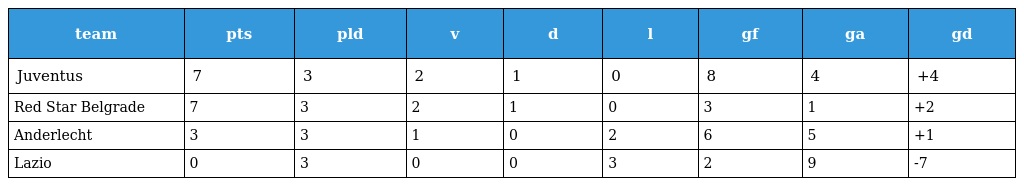
| team | pts | pld | v | d | l | gf | ga | gd |
 | --- | --- | --- | --- | --- | --- | --- | --- | --- |
 | Juventus | 7 | 3 | 2 | 1 | 0 | 8 | 4 | +4 |
 | Red Star Belgrade | 7 | 3 | 2 | 1 | 0 | 3 | 1 | +2 |
 | Anderlecht | 3 | 3 | 1 | 0 | 2 | 6 | 5 | +1 |
 | Lazio | 0 | 3 | 0 | 0 | 3 | 2 | 9 | -7 |